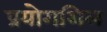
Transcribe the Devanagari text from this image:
प्रयोगशिल